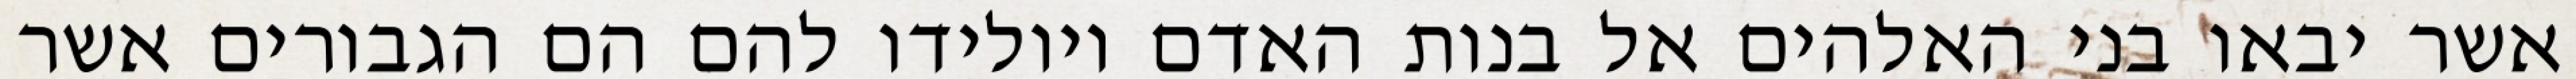
אשר יבאו בני האלהים אל בנות האדם ויולידו להם הם הגבורים אשר